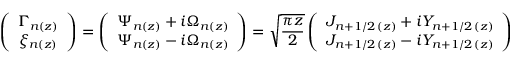
\left( \begin{array} { c c } { \Gamma _ { n ( z ) } } \\ { \xi _ { n ( z ) } } \end{array} \right) = \left( \begin{array} { c c } { \Psi _ { n ( z ) } + i \Omega _ { n ( z ) } } \\ { \Psi _ { n ( z ) } - i \Omega _ { n ( z ) } } \end{array} \right) = \sqrt { \frac { \pi z } { 2 } } \left( \begin{array} { c c } { J _ { n + 1 / 2 \, ( z ) } + i Y _ { n + 1 / 2 \, ( z ) } } \\ { J _ { n + 1 / 2 \, ( z ) } - i Y _ { n + 1 / 2 \, ( z ) } } \end{array} \right)